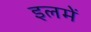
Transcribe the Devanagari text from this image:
इलमें